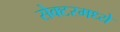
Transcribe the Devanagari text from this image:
सेक्टरमध्ये